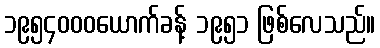
၁၉၅၄၀၀၀ယောက်ခန့် ၁၉၅၁ ဖြစ်လေသည်။